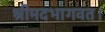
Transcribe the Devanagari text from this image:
श्रीमदभागवत।